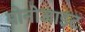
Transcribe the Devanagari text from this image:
मोनोजाइट